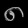
Digit: ၈